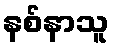
နစ်နာသူ